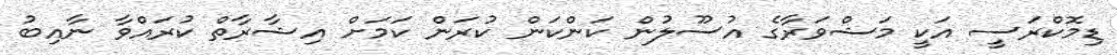
ޑިމޮކްރަސީ އަކީ މަޝްވަރާގެ އުސޫލުން ކަންކަން ކުރަން ކަމަށް އިޝާރާތް ކުރައްވާ ނާއިބު